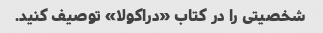
شخصیتی را در کتاب «دراکولا» توصیف کنید.